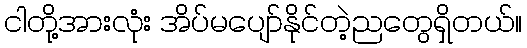
ငါတို့အားလုံး အိပ်မပျော်နိုင်တဲ့ညတွေရှိတယ်။